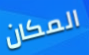
المكان